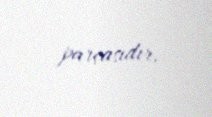
parçasıdır.